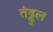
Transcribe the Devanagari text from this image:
तंड्डुल